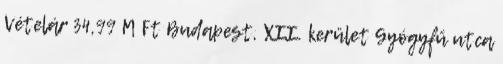
Vételár 34,99 M Ft Budapest, XII. kerület Gyógyfű utca